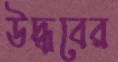
উদ্ধবের